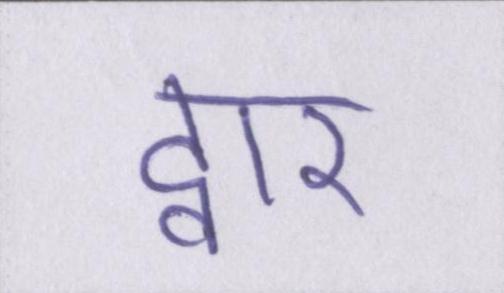
द्वार